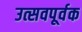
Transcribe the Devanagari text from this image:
उत्सवपूर्वक